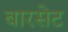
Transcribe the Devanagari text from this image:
बारसेट